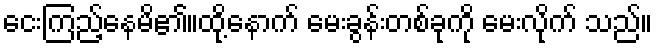
ငေးကြည့်နေမိ၏။ထို့နောက် မေးခွန်းတစ်ခုကို မေးလိုက် သည်။